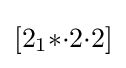
[2_{1}{*}{\cdot }2{\cdot }2]